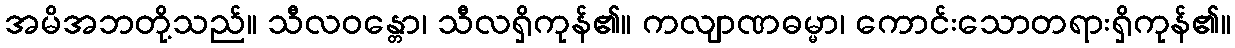
အမိအဘတို့သည်။ သီလဝန္တော၊ သီလရှိကုန်၏။ ကလျာဏဓမ္မာ၊ ကောင်းသောတရားရှိကုန်၏။